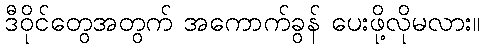
ဒီဝိုင်တွေအတွက် အကောက်ခွန် ပေးဖို့လိုမလား။